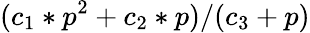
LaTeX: (c_{1}*p^{2}+c_{2}*p)/(c_{3}+p)